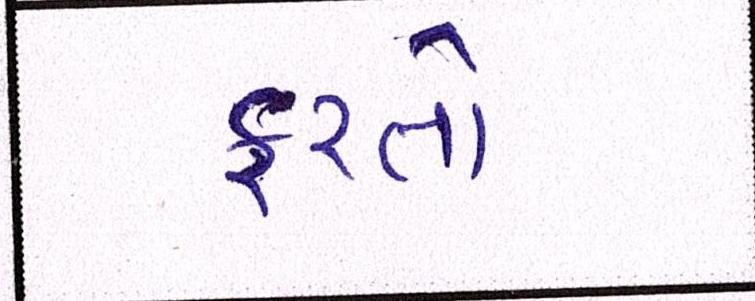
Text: ફરતો